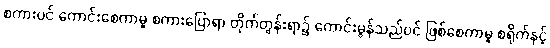
စကားပင် ကောင်းစေကာမူ စကားပြောရာ တိုက်တွန်းရာ၌ ကောင်းမွန်သည်ပင် ဖြစ်စေကာမူ စရိုက်နှင့်